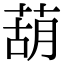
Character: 葫